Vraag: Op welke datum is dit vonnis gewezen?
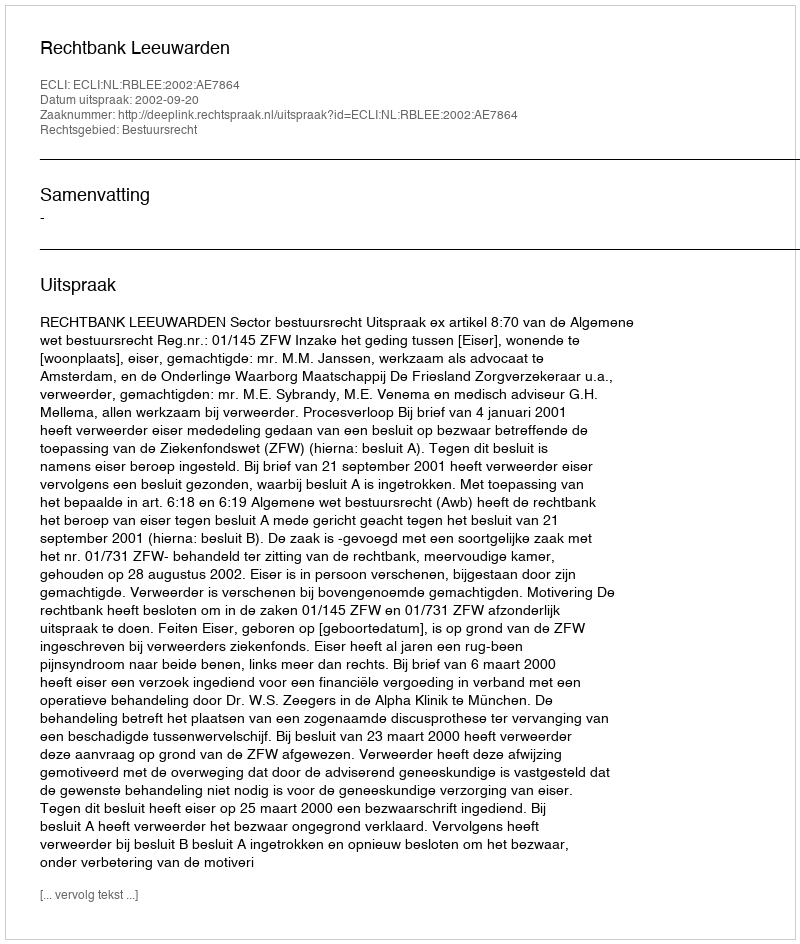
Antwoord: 2002-09-20